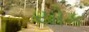
યોક